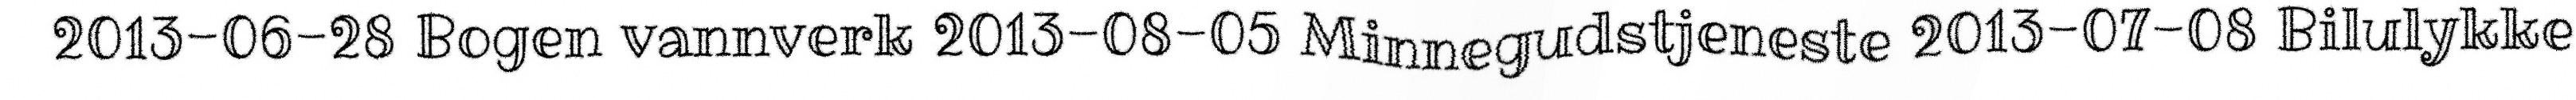
2013-06-28 Bogen vannverk 2013-08-05 Minnegudstjeneste 2013-07-08 Bilulykke